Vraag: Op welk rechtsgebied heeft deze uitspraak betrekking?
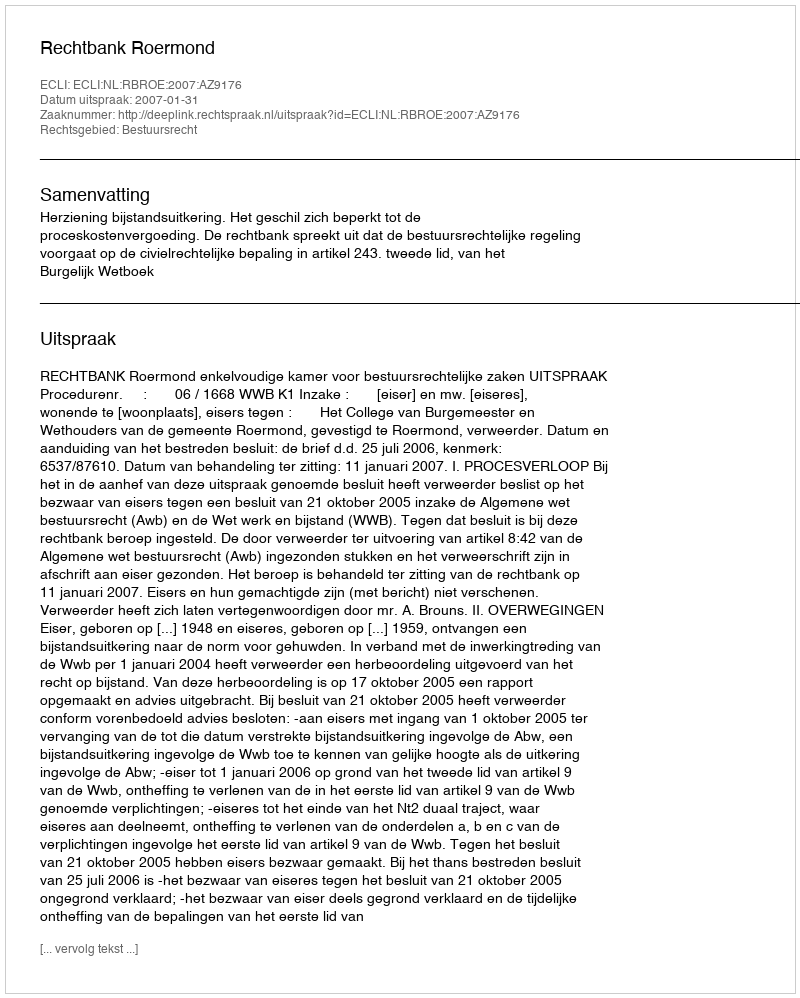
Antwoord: Bestuursrecht